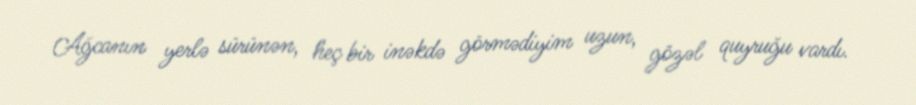
Ağcanın yerlə sürünən, heç bir inəkdə görmədiyim uzun, gözəl quyruğu vardı.